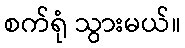
စက်ရုံ သွားမယ်။